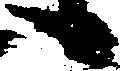
候